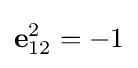
\mathbf {e} _{12}^{2}=-1